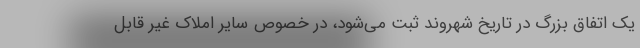
یک اتفاق بزرگ در تاریخ شهروند ثبت می‌شود، در خصوص سایر املاک غیر قابل